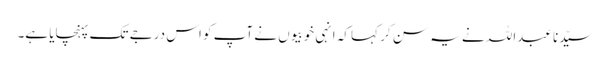
سیّدنا عبداللہ نے یہ سن کر کہا کہ انہی خوبیوں نے آپ کو اس درجے تک پہنچایا ہے۔